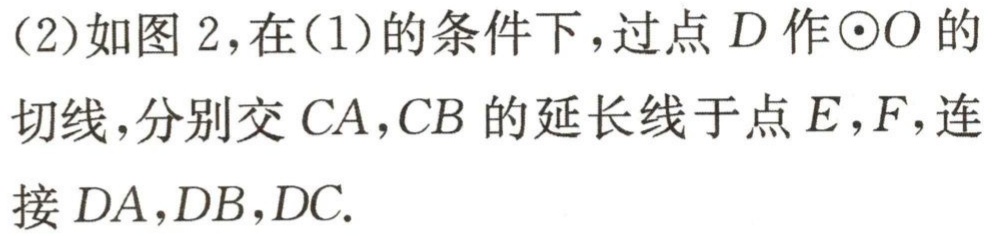
(2)如图2，在(1)的条件下，过点\(D\)作\(\odot O\)的切线，分别交\(CA,CB\)的延长线于点\(E,F\)，连接\(DA,DB,DC\).